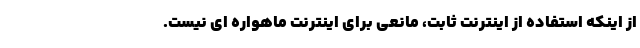
از اینکه استفاده از اینترنت ثابت، مانعی برای اینترنت ماهواره ای نیست.